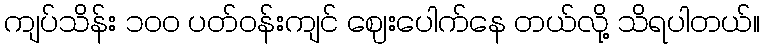
ကျပ်သိန်း ၁၀၀ ပတ်ဝန်းကျင် ဈေးပေါက်နေ တယ်လို့ သိရပါတယ်။